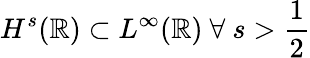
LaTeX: H^{s}(\mathbb{R})\subset L^{\infty}(\mathbb{R})\ \forall\ s>\frac{1}{2}